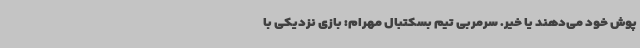
پوش خود می‌دهند یا خیر. سرمربی تیم بسکتبال مهرام: بازی نزدیکی با